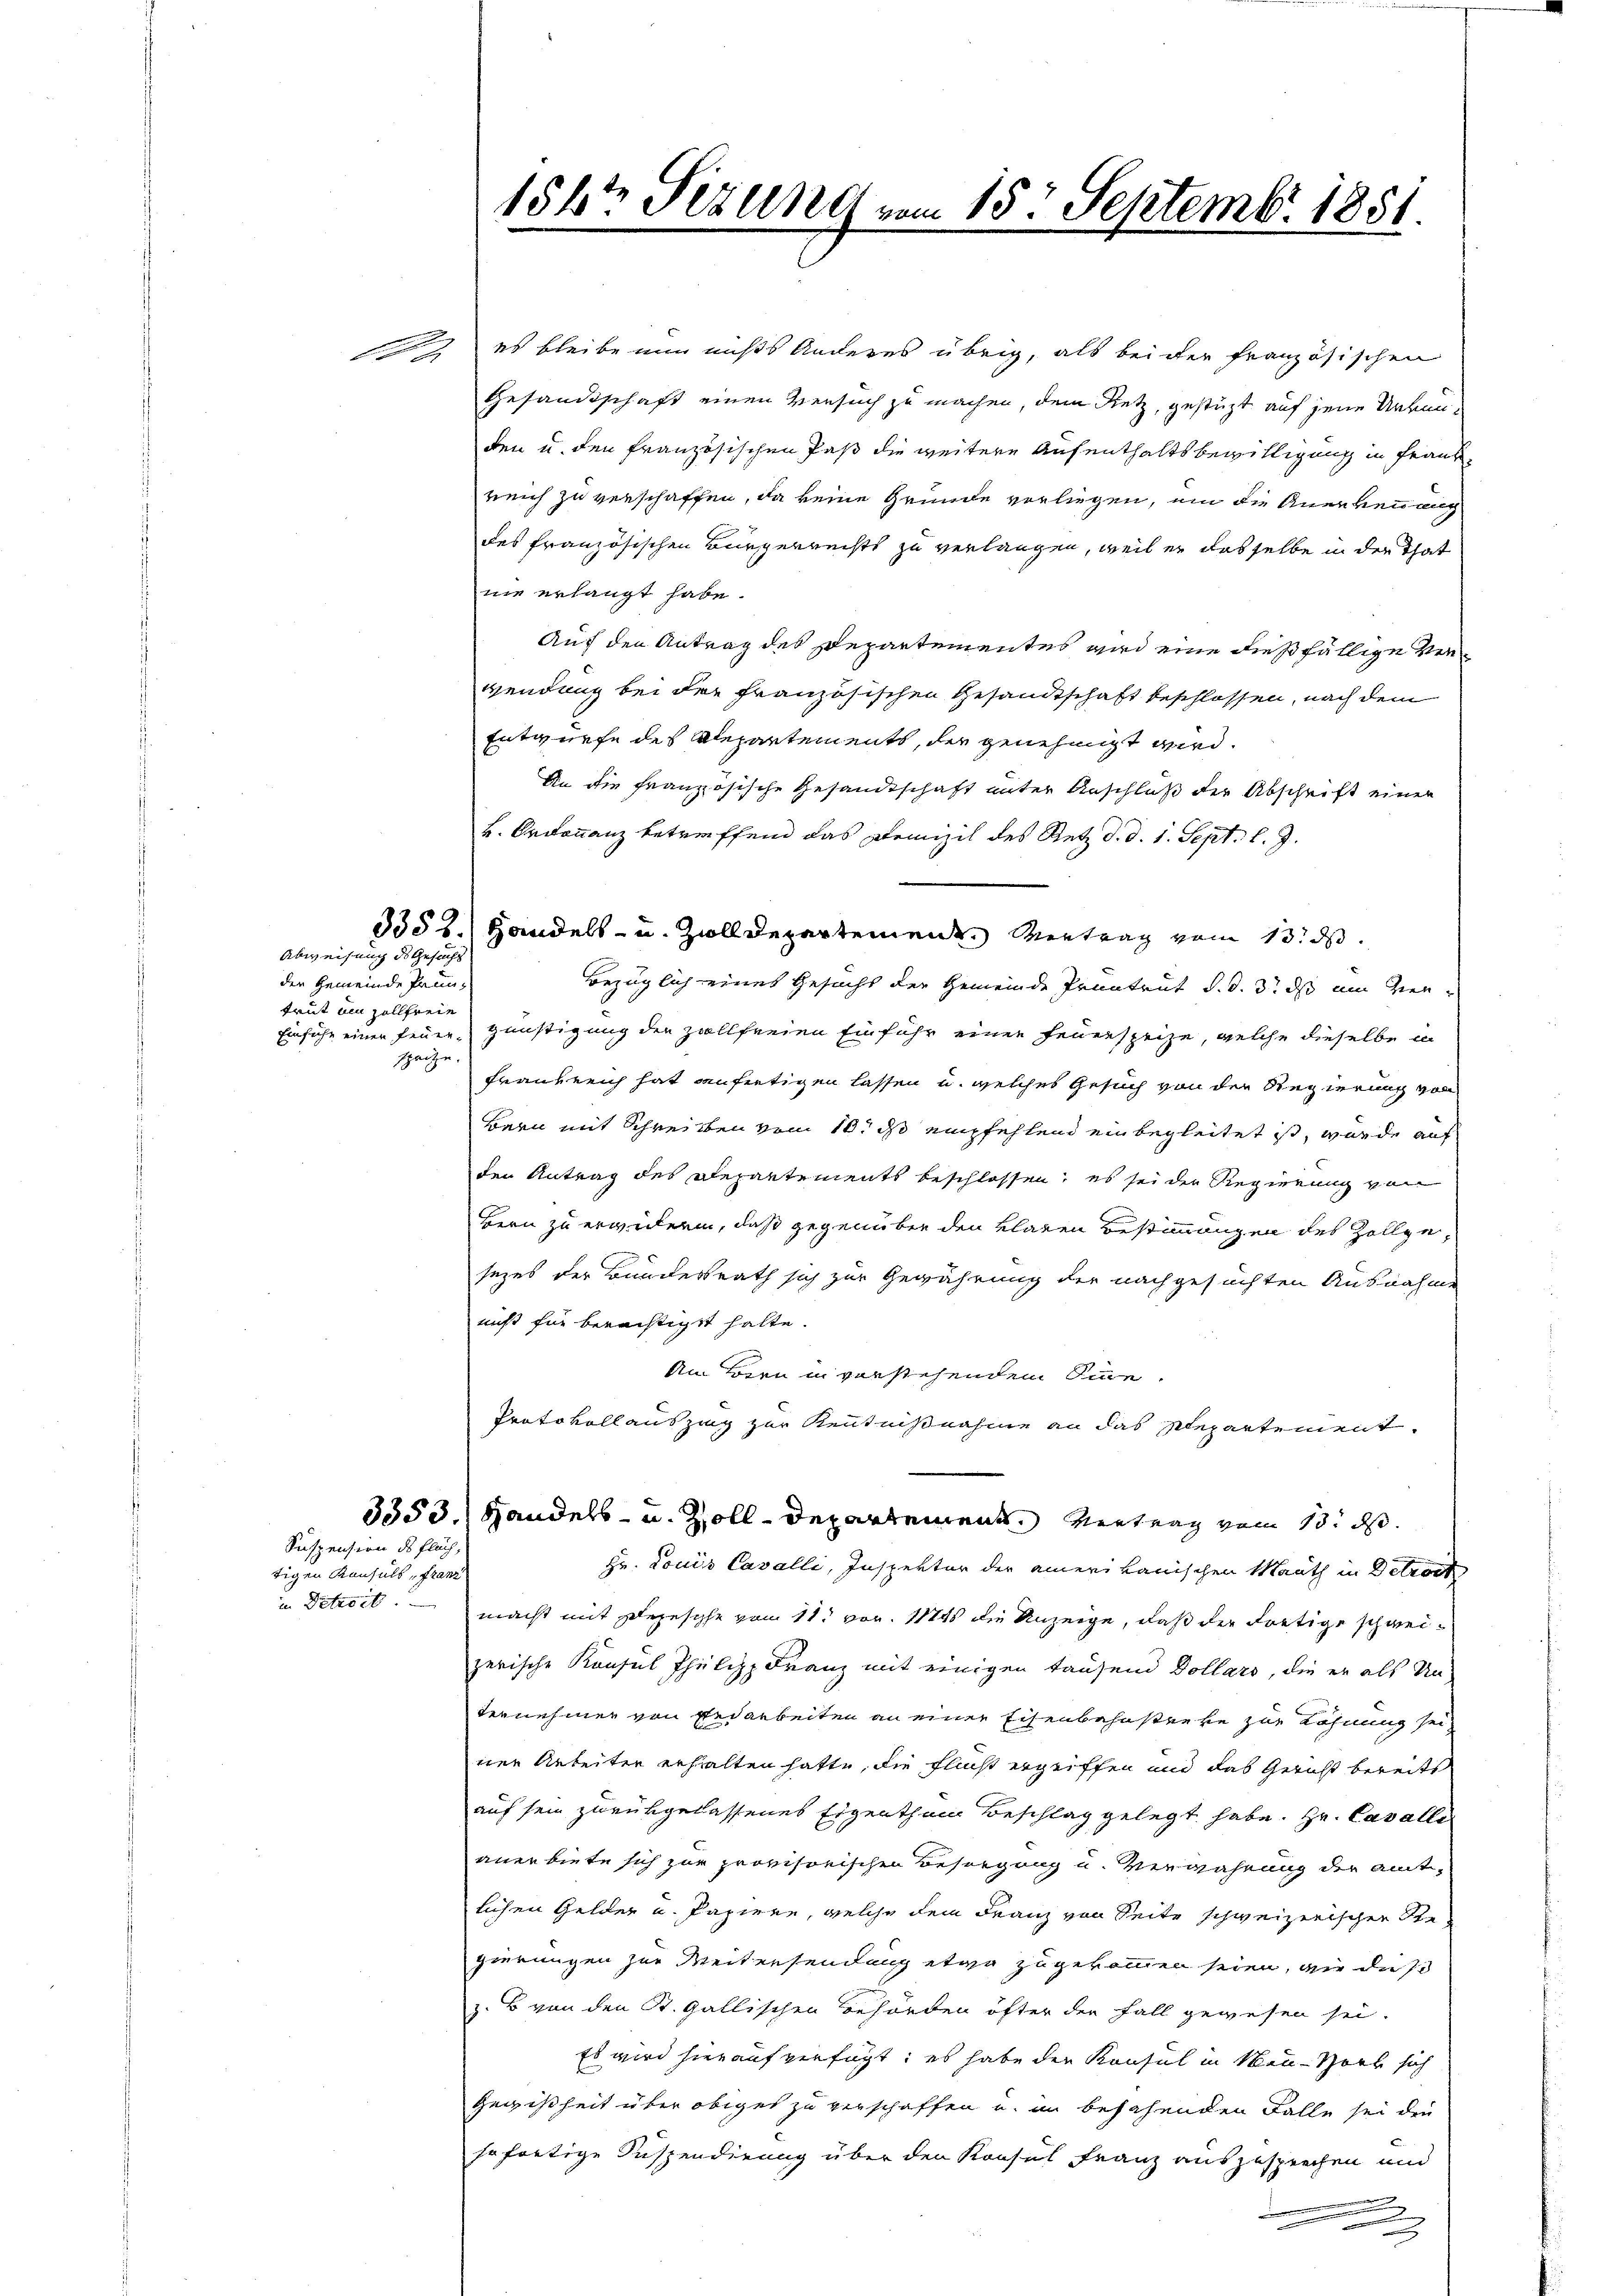
12

Abweisung des Gesuchs
der Gemeinde Pruntrut am Zollfreie
spacze.

Suspension des Fläch
tigen Konsuls Franz
in Betreit

156t Sizung vom 15. Septemb. 1851.

es bleibe nun nichts Anderes übrig, als bei der französischen
Gesandtschaft einen Versuch zu machen, dem Nietz, gestüzt auf jene Urkunden u. den französischen Paß die weitere Aufenthaltsbewilligung in Frankreich zu verschaffen, da keine Grunde vorliegen, um die Anerkennung
des französischen Bürgerrechts zu verlangen, weil er dasselbe in der That
nie erlangt habe.
Auf den Antrag des Departementes und eine dießfällige Verwendung bei der französischen Gesandtschaft beschlossen, nach dem
Entwürfe des Alepartements, der genehmigt wird.
An die französische Gesandtschaft unter Anschluß der Abschrift einer
v. Ordonnanz betreffend das Domizil des Retz d. d. 1. Sept. l. J.
3352.) Handels- u. Zolldepartement entrag vom 13. ds.
Bezüglich eines Gesucht der Gemeinde Pruntrut d. d. 3. ds am Zier¬
Einfuhr einer feuer günstigung der zollfreien Einführ einen Feuerspeize, welche dieselbe i
Frankreich hat anfertigen lassen u. welches Gesuch von der Regierung von
Bern mit Schreiben vom 10. ds empfehlend ein begleitet ist, wurde auf
den Antrag des Departements beschlossen, es sei der Regierung von
Hern zu erwidern, daß gegenüber den klaren Bestimmungen des Zollgesezes der Bundesrath sich zur Gewährung der nachgesuchten Ausnahme
nicht für berechtigt hatte.
Am Bern in verstehendem Sinne.
Protokollauszing zur Kenntnißnahme an das Plepartement.
3353.) Handels- u. Zoll-Departement. Vertrag vom 13. d.
Hr. Louis Cavalli, Inspektor der amerikanischen Mauth in Betrach
macht mit Depesche vom 11. vor. 1121 die Anzeige, daß der dortige schweizerische Konsul Philipp Franz mit einigen tausend Dollars, die er als Un-
ternehmen von Bedarbeiten an einer Eisenbahnsterve zur Löhnung sei
ner Arbeiten erhalten hatte, die Flucht ergriffen und das Gericht bereits
auf sein zurükgelassenes Eigenthum Beschlag gelegt habe. Hr. Cavalle
anerbiete sich zur provisorischen Besorgung u. Verwahrung der amtlichen Gelder u. Papiere, welche dem Franz von Seite schweizerischen Begierungen zur Weitersendung etwa zugekommen seien, wie das
z. B. von den St. Gallischen Behörden öfter der Fall gewesen sei.
Es wird hierauf verfügt: es habe der Konsul in Men-Horb sich
Gegißheit über obiges zu verschaffen u. im besehenden Falle sei den
sofortige Suspendirung über den Konsul Franz auszusprechen und